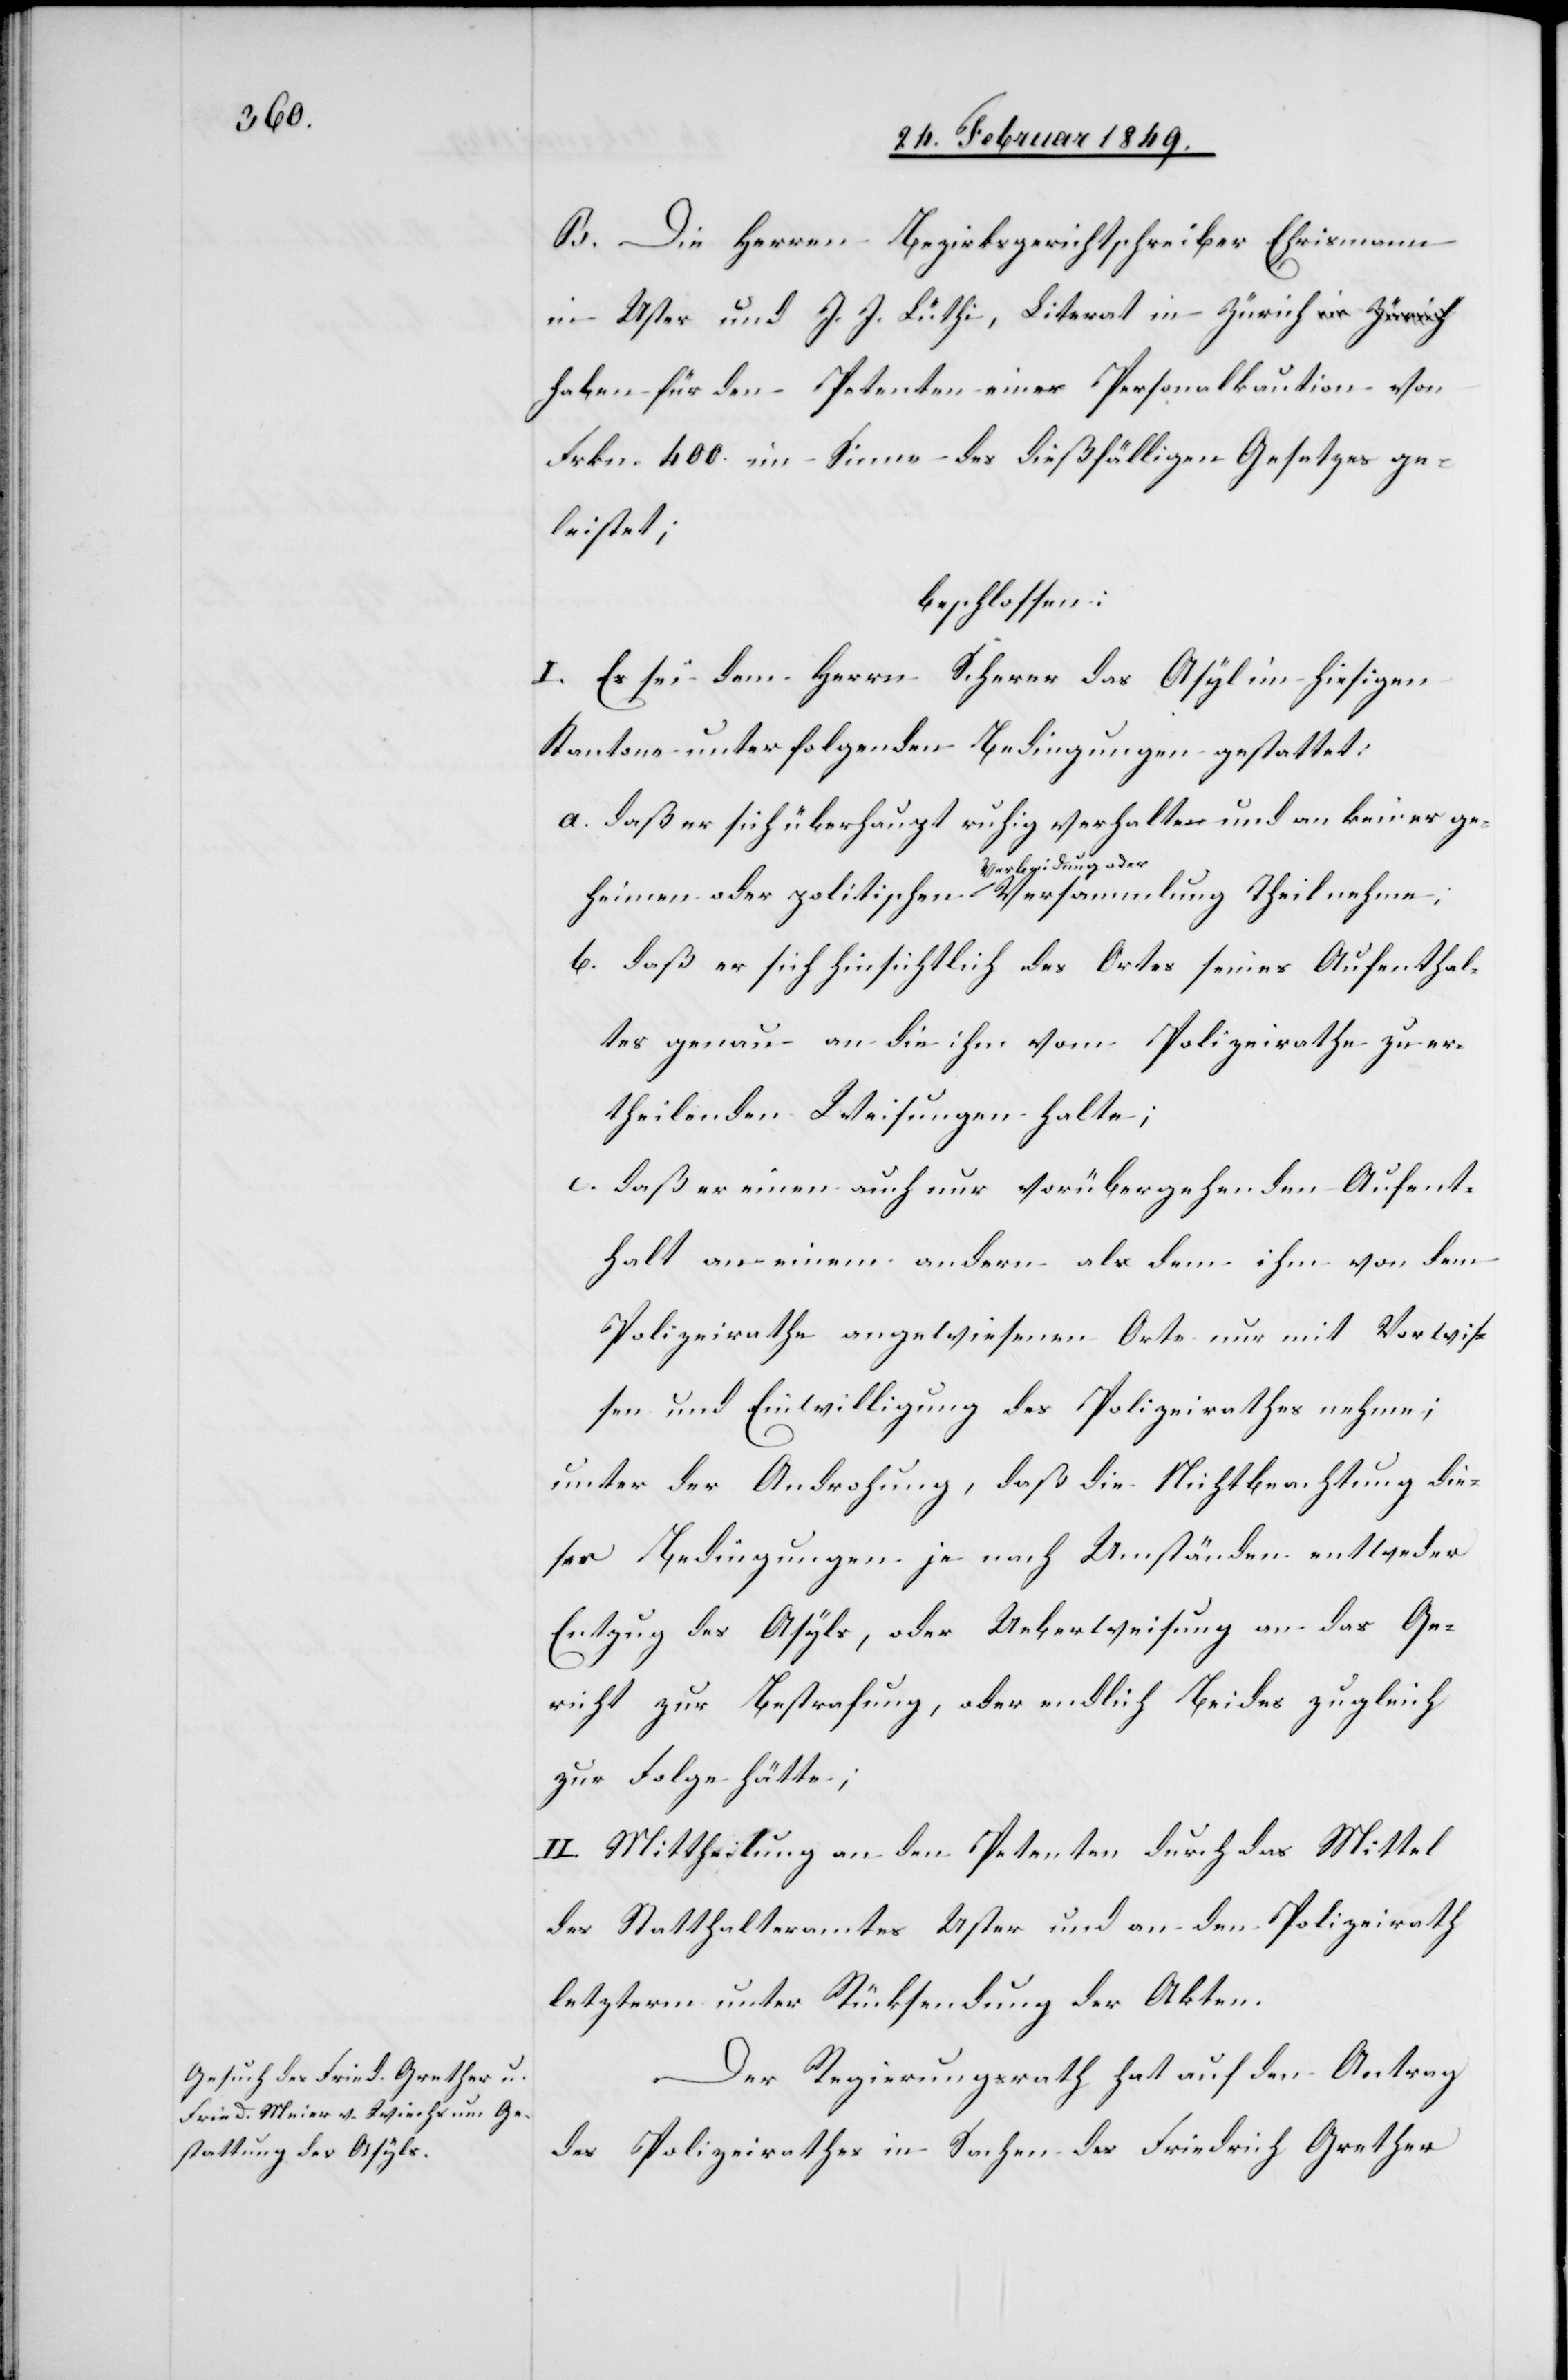
B. Die Herren Bezirksgerichtschreiber Ehrismann
in Uster und J. J. Lüthi, Literat in Zürich h¬
aben für den Petenten einer [sic!] Personalkaution von
Frkn. 400. im Sinne des dießfälligen Gesetzes ge¬
leistet;
beschlossen:
I. Es sei dem Herrn Scherer das Asyl im hiesigen
Kantone unter folgenden Bedingungen gestattet:
a. daß er sich überhaupt ruhig verhalte und an keiner ge¬
heimen oder politischen Verbindung oder Vers¬
b. daß er sich hinsichtlich des Ortes seines Aufenthal¬
tes genau an die ihm vom Polizeirathe zu er¬
theilenden Weisungen halte;
c. daß er einen auch nur vorübergehenden Aufent¬
halt an einem andern als dem ihm von dem
Polizeirathe angewiesenen Orte nur mit Vorwis¬
sen und Einwilligung des Polizeirathes nehme;
unter der Androhung, daß die Nichtbeachtung die¬
ser Bedingungen je nach Umständen entweder
Entzug des Asyls, oder Ueberweisung an das Ge¬
richt zur Bestrafung, oder endlich Beides zugleich
zur Folge hätte;
II. Mittheilung an den Petenten durch das Mittel
des Statthalteramtes Uster und an den Polizeirath
letzterm unter Rücksendung der Akten.
Der Regierungsrath hat auf den Antrag
nehme;
des Polizeirathes in Sachen des Friedrich Grether